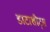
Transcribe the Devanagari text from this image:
डाटाशीट्स